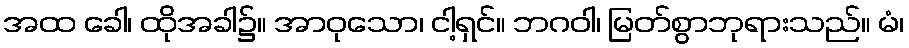
အထ ခေါ၊ ထိုအခါ၌။ အာဝုသော၊ ငါ့ရှင်။ ဘဂဝါ၊ မြတ်စွာဘုရားသည်။ မံ၊